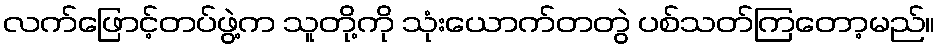
လက်ဖြောင့်တပ်ဖွဲ့က သူတို့ကို သုံးယောက်တတွဲ ပစ်သတ်ကြတော့မည်။